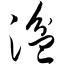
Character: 湓